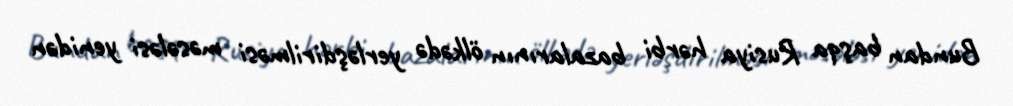
Bundan başqa Rusiya hərbi bazalarının ölkədə yerləşdirilməsi məsələsi yenidən